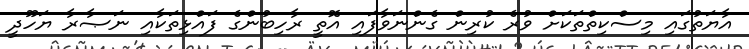
އާޔަތުގައި މިސްކިތްތަކަށް ވުރެ ކުރިން ގެންނަވާފައި އޮތީ ރާހިބުންގެ ފައްޅިތަކާއި ނަޞާރާ ޔަހޫދީ